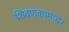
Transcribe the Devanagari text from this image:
शिवणकामावर